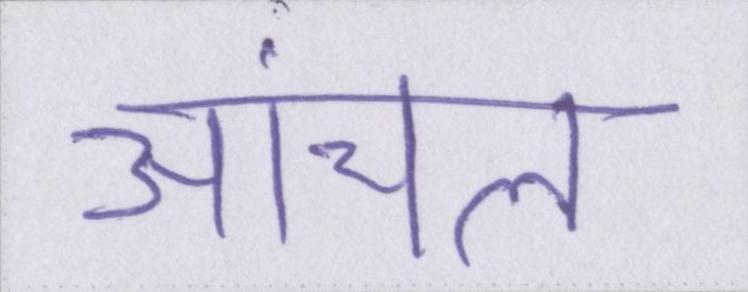
आंचल